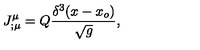
J _ { ; \mu } ^ { \mu } = Q { \frac { \delta ^ { 3 } ( x - x _ { o } ) } { \sqrt g } } ,